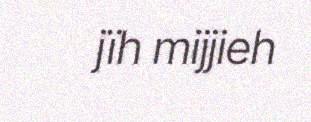
jïh mijjieh